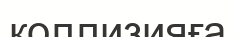
коллизияға